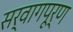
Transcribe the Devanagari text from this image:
सर्वागपूर्ण